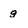
Character: g